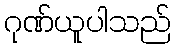
ဂုဏ်ယူပါသည်